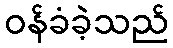
ဝန်ခံခဲ့သည်